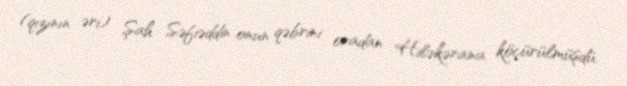
(qızının əri) Şah Səfiəddin onun qəbrini oradan Hiləkərana köçürülmüşdü.